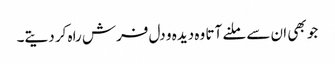
جو بھی ان سے ملنے آتا وہ دیدہ و دل فرش راہ کر دیتے۔